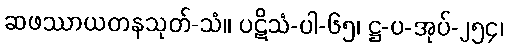
ဆဖဿာယတနသုတ်-သံ။ ပဋိသံ-ပါ-၆၅၊ ဋ္ဌ-ပ-အုပ်-၂၅၄၊